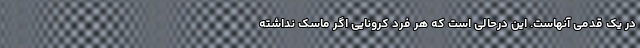
در یک قدمی آنهاست. این درحالی است که هر فرد کرونایی اگر ماسک نداشته